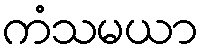
ကံသမယာ